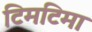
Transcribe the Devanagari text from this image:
टिमटिमा